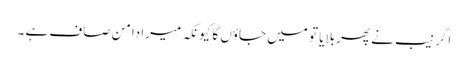
اگر نیب نے پھر بلایا تو میں جاؤں گا کیونکہ میرا دامن صاف ہے ۔